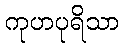
ကုဟပုရိသာ